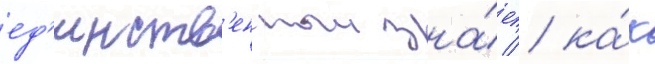
ед'инств'енныи зна́ет / ка́к